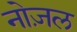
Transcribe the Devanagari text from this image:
नोज़ल